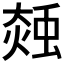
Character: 𧌝